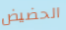
الحضيض